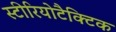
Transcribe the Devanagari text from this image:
स्टीरियोटैक्टिक